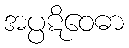
အပ္ပဋိဝေဓာ